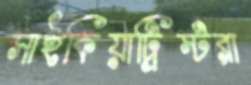
সাইকিয়াট্রিস্টরা